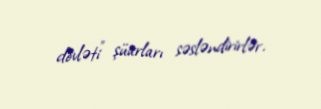
dövləti” şüarları səsləndirirlər.